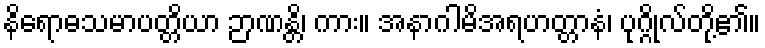
နိရောဓသမာပတ္တိယာ ဉာဏန္တိ၊ ကား။ အနာဂါမိအရဟတ္တာနံ၊ ပုဂ္ဂိုလ်တို့၏။